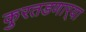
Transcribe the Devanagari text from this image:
कुरतडणार्‍या